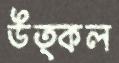
উত্কল